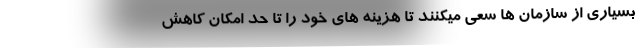
بسیاری از سازمان ها سعی میکنند تا هزینه های خود را تا حد امکان کاهش